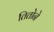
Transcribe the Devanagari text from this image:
तितोने